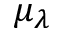
\mu _ { \lambda }